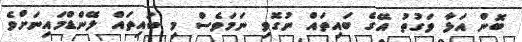
ބޮން އަޅާ ވަގުތު އޭގެ ބައިތައް ނުގޮވި ނަމަވެސް މި ބައިތައް ލޭންޑްމައިނަށްވެ